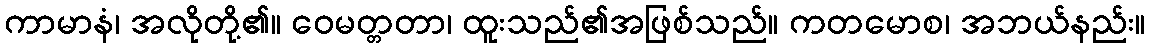
ကာမာနံ၊ အလိုတို့၏။ ဝေမတ္တတာ၊ ထူးသည်၏အဖြစ်သည်။ ကတမောစ၊ အဘယ်နည်း။